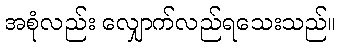
အစုံလည်း လျှောက်လည်ရသေးသည်။